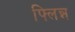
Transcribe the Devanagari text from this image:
फ्लिन्न